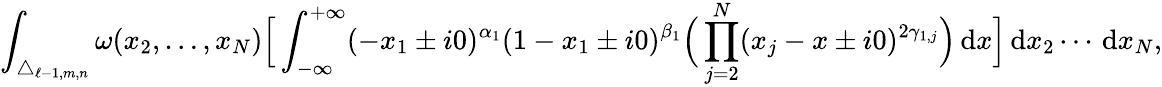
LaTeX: \int_{\triangle_{\ell-1,m,n}}\omega(x_{2},\ldots,x_{N})\Big[\int_{-\infty}^{+\infty}(-x_{1}\pm i0)^{\alpha_{1}}(1-x_{1}\pm i0)^{\beta_{1}}\Big(\prod_{j=2}^{N}(x_{j}-x\pm i0)^{2\gamma_{1,j}}\Big)\, \mathrm{d}x\Big]\, \mathrm{d}x_{2}\cdots\, \mathrm{d}x_{N},